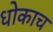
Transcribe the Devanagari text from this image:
धोकाच